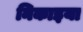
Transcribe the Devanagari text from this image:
निकाइया